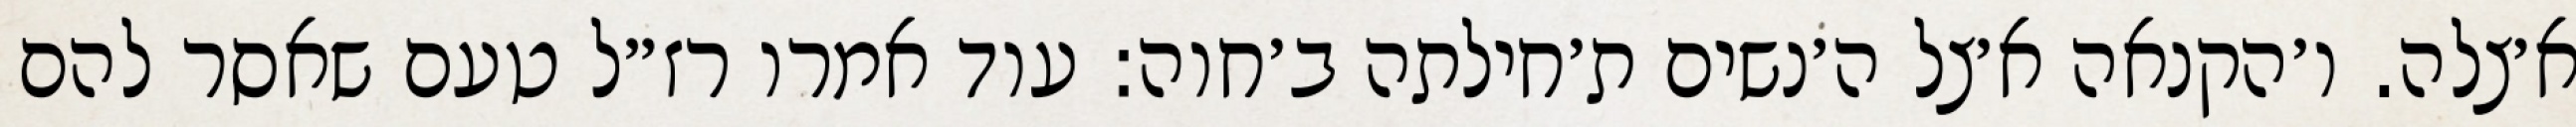
א׳צלה. ו׳הקנאה א׳צל ה׳נשים ת׳חילתה ב׳חוה: עוד אמרו רז״ל טעם שאסר להם